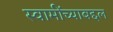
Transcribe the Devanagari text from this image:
स्वामींच्याबद्दल